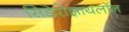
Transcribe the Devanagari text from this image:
सिडेरोझायलॉन